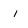
Character: i